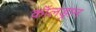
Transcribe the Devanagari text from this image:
कॉलड्रान